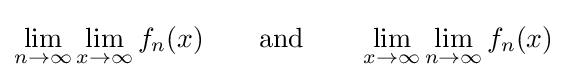
\lim _{n\to \infty }\lim _{x\to \infty }f_{n}(x)\qquad {\text{and}}\qquad \lim _{x\to \infty }\lim _{n\to \infty }f_{n}(x)